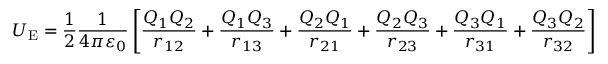
U _ { \mathrm { E } } = { \frac { 1 } { 2 } } { \frac { 1 } { 4 \pi \varepsilon _ { 0 } } } \left[ { \frac { Q _ { 1 } Q _ { 2 } } { r _ { 1 2 } } } + { \frac { Q _ { 1 } Q _ { 3 } } { r _ { 1 3 } } } + { \frac { Q _ { 2 } Q _ { 1 } } { r _ { 2 1 } } } + { \frac { Q _ { 2 } Q _ { 3 } } { r _ { 2 3 } } } + { \frac { Q _ { 3 } Q _ { 1 } } { r _ { 3 1 } } } + { \frac { Q _ { 3 } Q _ { 2 } } { r _ { 3 2 } } } \right]